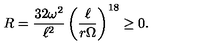
R = \frac { 3 2 \omega ^ { 2 } } { \ell ^ { 2 } } \left( \frac { \ell } { r \Omega } \right) ^ { 1 8 } \ge 0 .